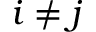
i \neq j